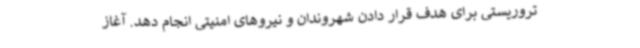
تروریستی برای هدف قرار دادن شهروندان و نیروهای امنیتی انجام دهد. آغاز